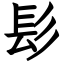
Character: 髟